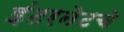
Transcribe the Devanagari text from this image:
इंटरनेटचे